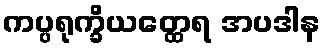
ကပ္ပရုက္ခိယတ္ထေရ အပဒါန